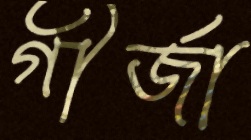
গীর্জা